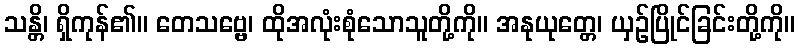
သန္တိ၊ ရှိကုန်၏။ တေသဗ္ဗေ၊ ထိုအလုံးစုံသောသူတို့ကို။ အနုယုတ္တေ၊ ယှဉ်ပြိုင်ခြင်းတို့ကို။